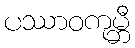
ပဿာဝကုမ္ဘီ